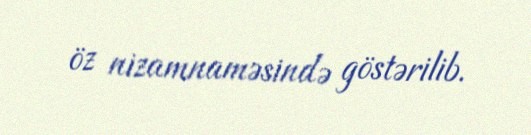
öz nizamnaməsində göstərilib.